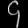
Digit: ၄